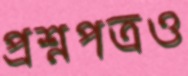
প্রশ্নপত্রও